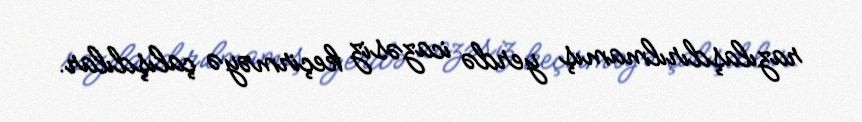
razılaşdırılmamış yerdə icazəsiz keçirməyə çalışdılar.